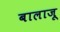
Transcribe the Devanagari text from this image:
बालाजू